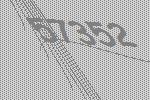
57352